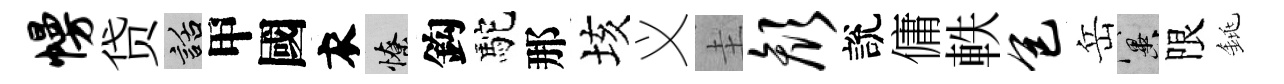
幔贷話甲國衣憭鈎駝那垓义圭颜說傭軼包岳冀限銚